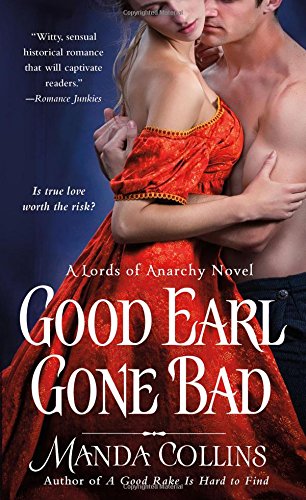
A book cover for Good Earl Gone Bad (The Lords of Anarchy); Manda Collins; Romance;